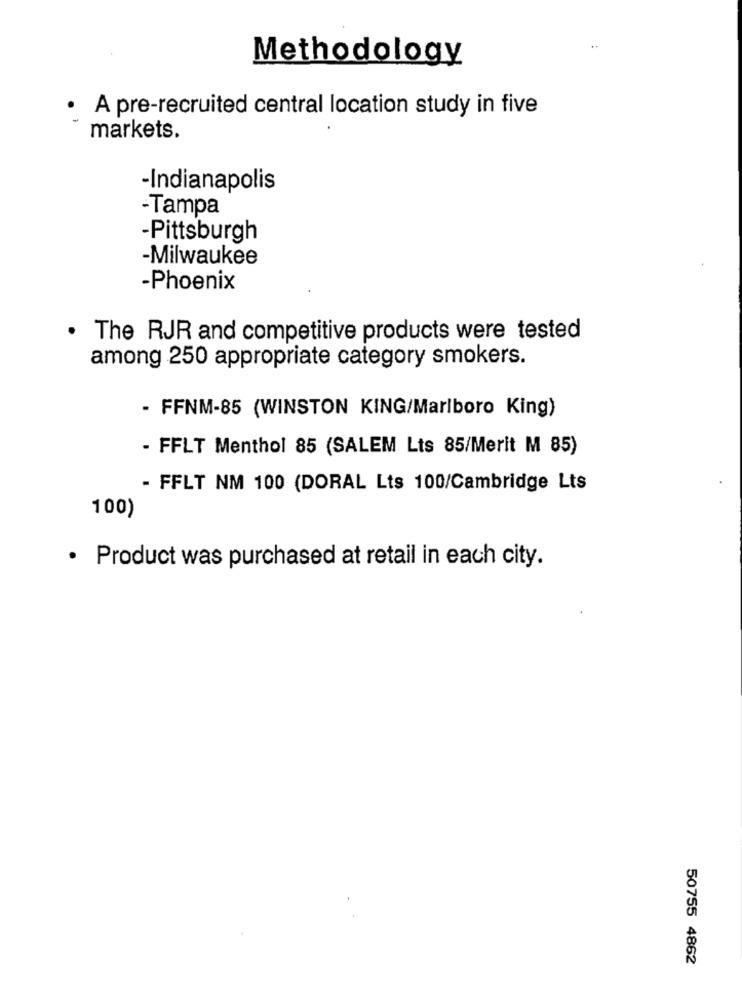
Methodology
A pre-recruited central location study in five
markets.
-Indianapolis
-Tampa
-Pittsburgh
-Milwaukee
-Phoenix
. The RJR and competitive products were tested
among 250 appropriate category smokers.
- FFNM-85 (WINSTON KING/Marlboro King)
- FFLT Menthol 85 (SALEM Lts 85/Merit M 85)
- FFLT NM 100 (DORAL Lts 100/Cambridge Lts
100)
· Product was purchased at retail in each city.
50755 4862